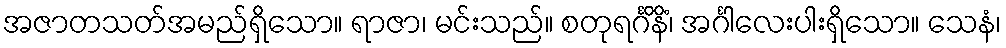
အဇာတသတ်အမည်ရှိသော။ ရာဇာ၊ မင်းသည်။ စတုရင်္ဂိနိံ၊ အင်္ဂါလေးပါးရှိသော။ သေနံ၊